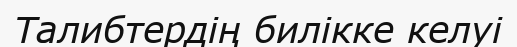
Талибтердің билікке келуі